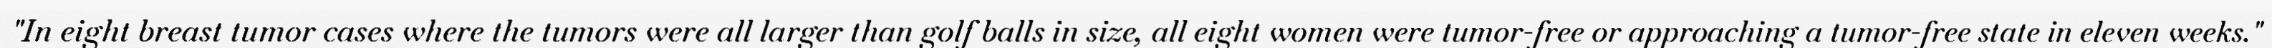
"In eight breast tumor cases where the tumors were all larger than golf balls in size, all eight women were tumor-free or approaching a tumor-free state in eleven weeks."